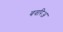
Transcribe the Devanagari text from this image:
बवरिअ